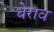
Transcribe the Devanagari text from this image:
धेराव